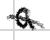
Text: a
Cross-out: diagonal
Writing tool: digital_black